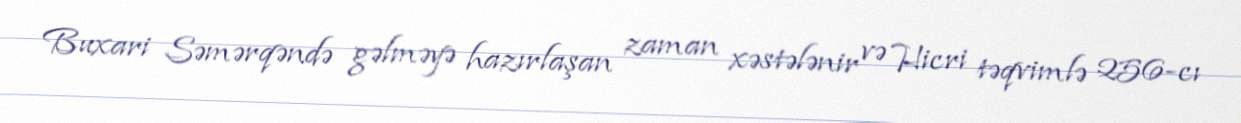
Buxari Səmərqəndə gəlməyə hazırlaşan zaman xəstələnir və Hicri təqvimlə 256-cı